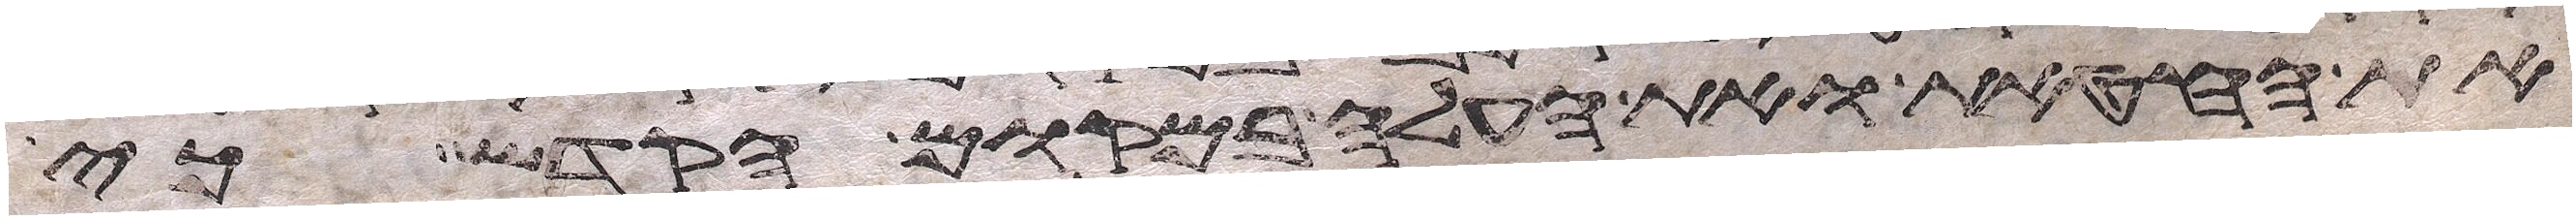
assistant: את החטאת ואת העלה במקום הקדש כי